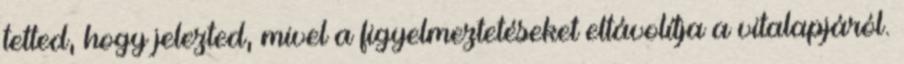
tetted, hogy jelezted, mivel a figyelmeztetéseket eltávolítja a vitalapjáról.